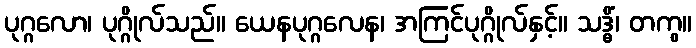
ပုဂ္ဂလော၊ ပုဂ္ဂိုလ်သည်။ ယေနပုဂ္ဂလေန၊ အကြင်ပုဂ္ဂိုလ်နှင့်။ သဒ္ဓိံ၊ တကွ။